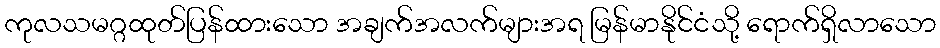
ကုလသမဂ္ဂထုတ်ပြန်ထားသော အချက်အလက်များအရ မြန်မာနိုင်ငံသို့ ရောက်ရှိလာသော